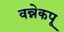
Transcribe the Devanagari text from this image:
वन्नेकपू